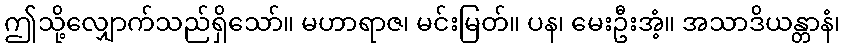
ဤသို့လျှောက်သည်ရှိသော်။ မဟာရာဇ၊ မင်းမြတ်။ ပန၊ မေးဦးအံ့။ အသာဒိယန္တာနံ၊